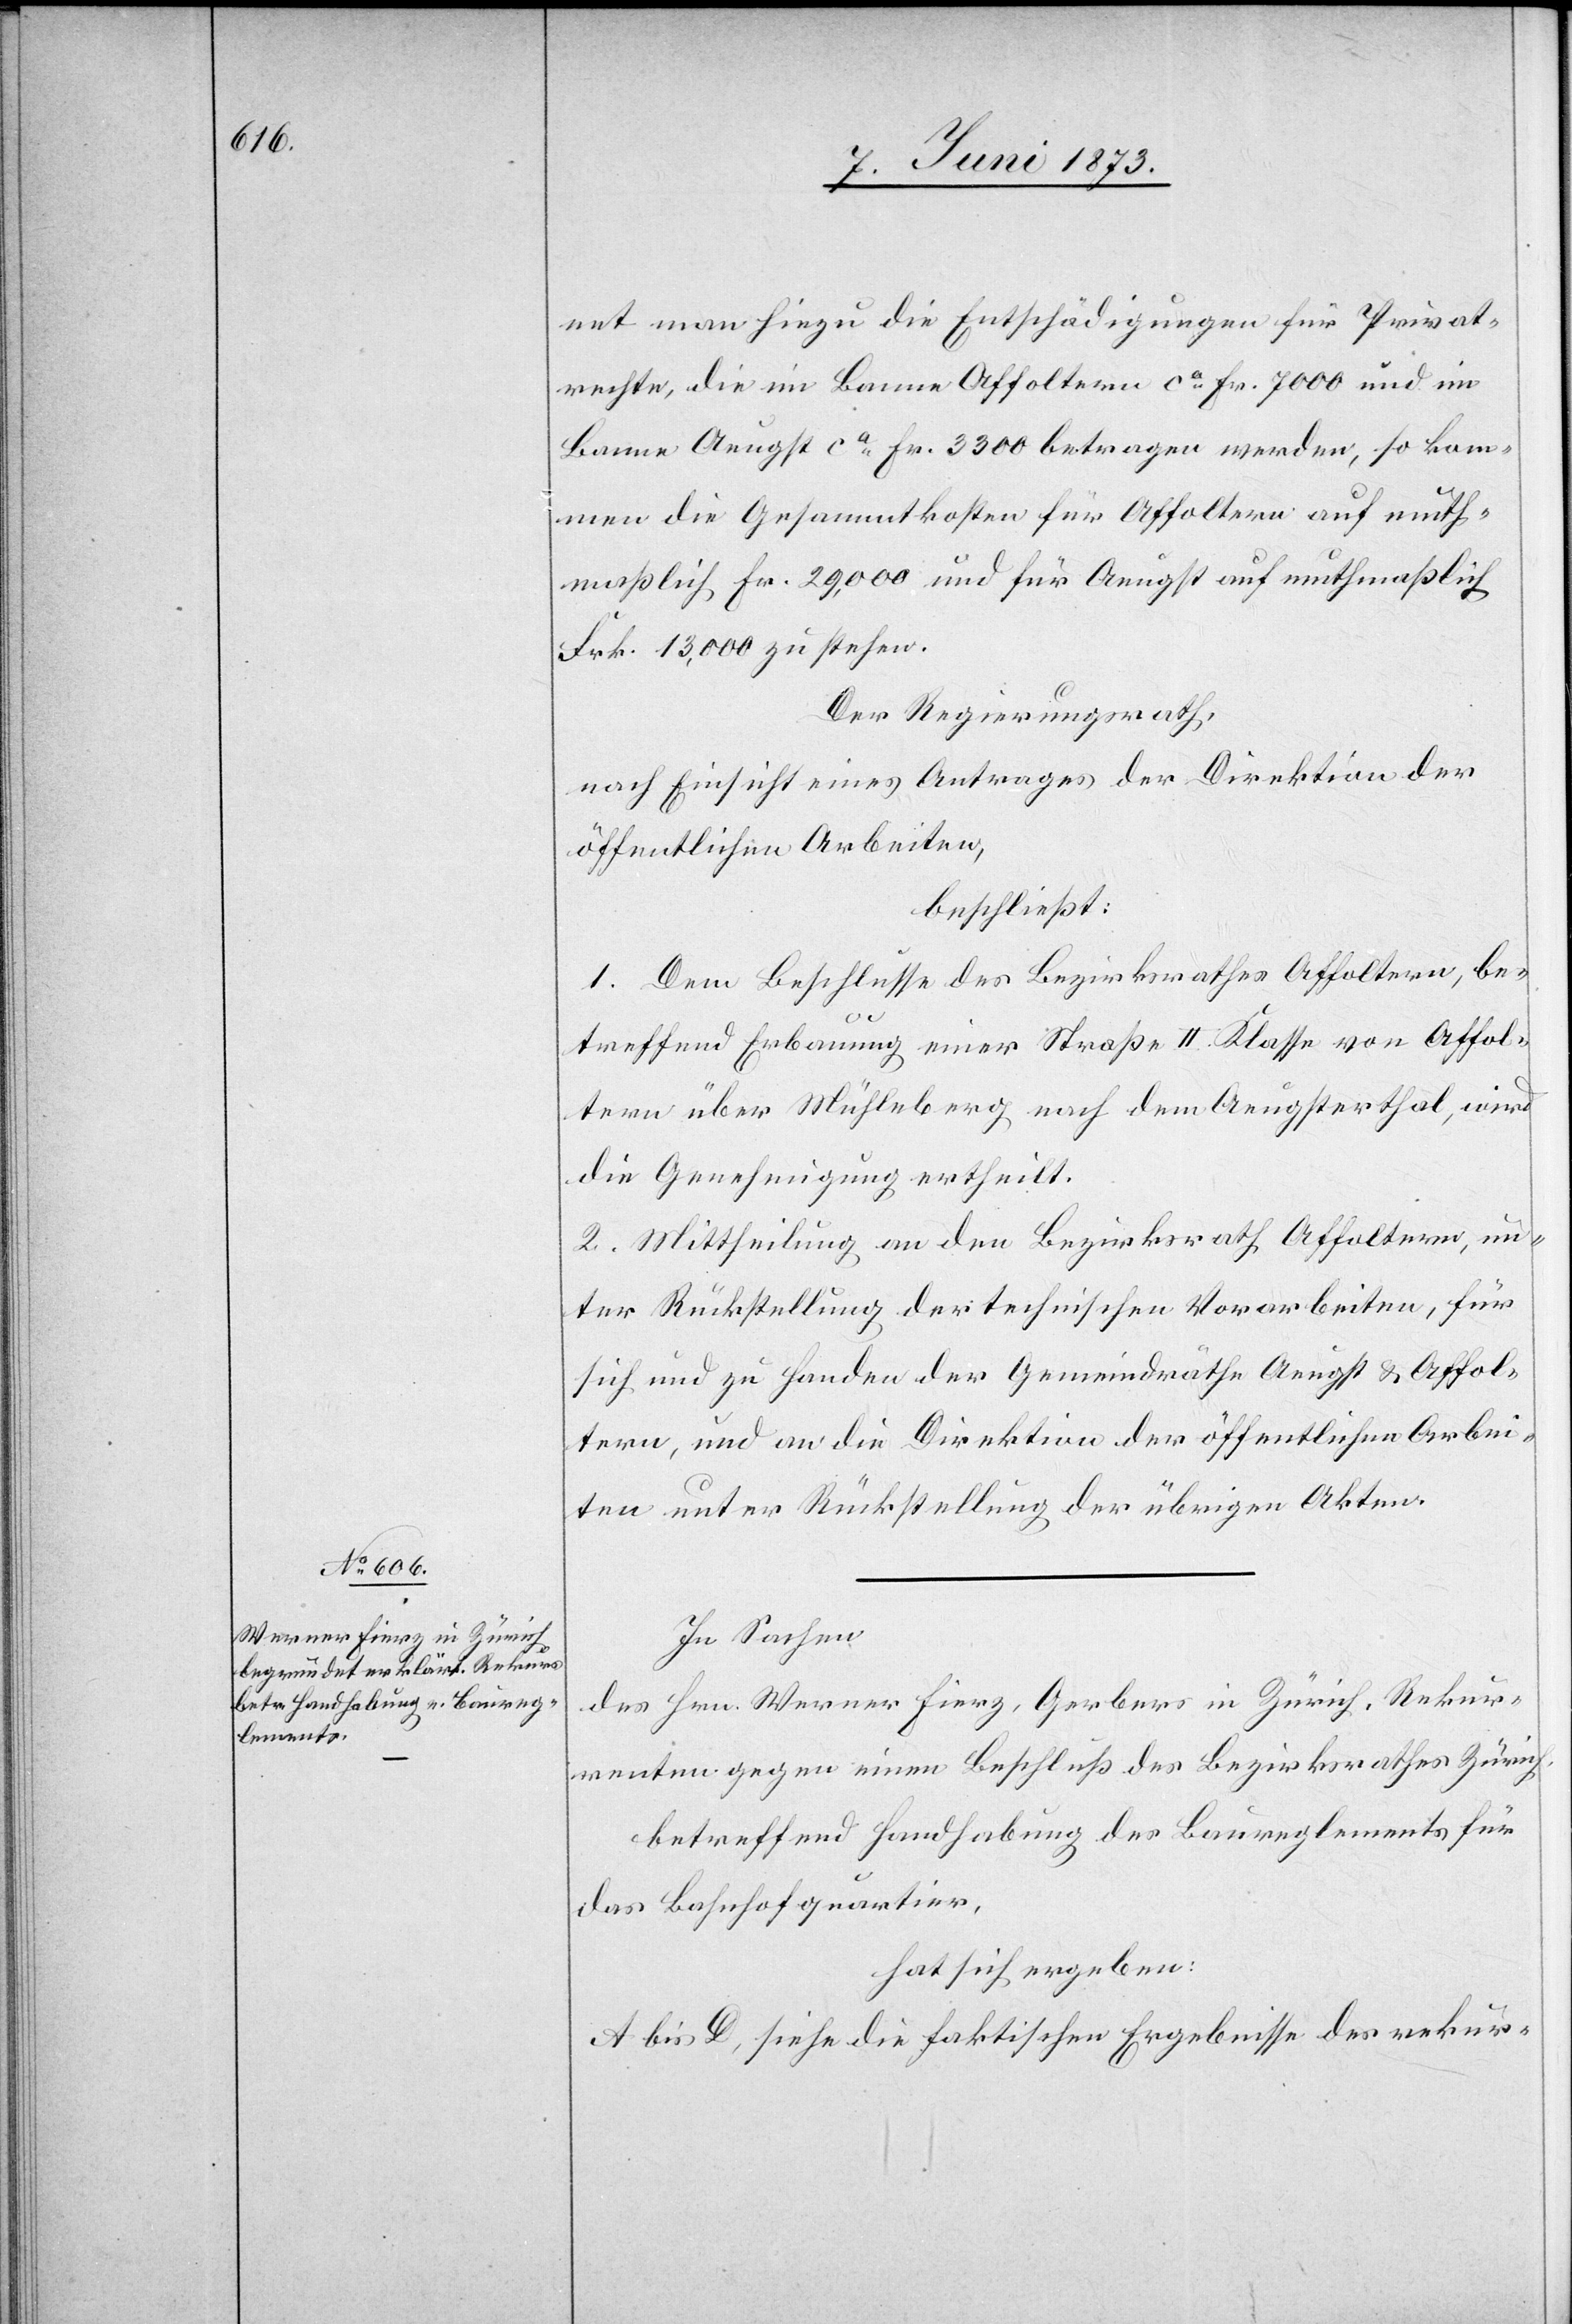
net man hiezu die Entschädigungen für Privat¬
rechte, die im Banne Affoltern ca Fr. 7 000 und im
Banne Aeugst ca Fr. 3 300 betragen werden, so kom¬
men die Gesammtkosten für Affoltern auf muth¬
maßlich Fr. 29,000 und für Aeugst auf muthmaßlich
Frk. 13,000 zu stehen.
Der Regierungsrath,
nach Einsicht eines Antrages der Direktion der
öffentlichen Arbeiten,
beschließt:
1. Dem Beschlusse des Bezirksrathes Affoltern, be¬
treffend Erbauung einer Straße II. Klasse von Affol¬
tern über Mühleberg nach dem Aeugsterthal, wird
die Genehmigung ertheilt.
2. Mittheilung an den Bezirksrath Affoltern, un¬
ter Rückstellung der technischen Vorarbeiten, für
sich und zu Handen der Gemeindräthe Aeugst & Affol¬
tern, und an die Direktion der öffentlichen Arbei¬
ten unter Rückstellung der übrigen Akten.
In Sachen
des Hrn. Werner Fierz, Gerbers in Zürich, Rekur¬
renten gegen einen Beschluß des Bezirksrathes Zürich,
betreffend Handhabung des Baureglements für
das Bahnhofquartier,
hat sich ergeben:
A bis D, siehe die faktischen Ergebnisse des rekur-